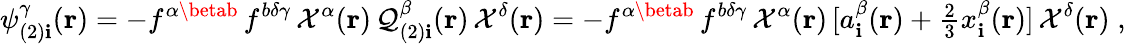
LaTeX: \psi_{(2)\mathbf{i}}^{\gamma}({\mathbf{{r}}})=-f^{\alpha\betab}\, f^{b\delta\gamma}\, {\cal{X}}^{\alpha}({\mathbf{{r}}})\, {\cal{Q}}_{(2)\mathbf{i}}^{\beta}({\mathbf{{r}}})\, {\cal{X}}^{\delta}({\mathbf{{r}}})=-f^{\alpha\betab}\, f^{b\delta\gamma}\, {\cal{X}}^{\alpha}({\mathbf{{r}}})\, [a_{\mathbf{i}}^{\beta}({\mathbf{{r}}})+{\textstyle\frac{{2}}{{3}}}x_{\mathbf{i}}^{\beta}({\mathbf{{r}}})]\, {\cal{X}}^{\delta}({\mathbf{{r}}})\; ,